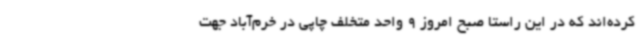
کرده‌اند که در این راستا صبح امروز 9 واحد متخلف چاپی در خرم‌آباد جهت